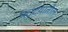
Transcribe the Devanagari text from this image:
पट्टय़ातील